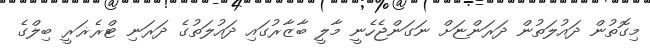
މިގޮތުން ދައުލަތުން ދަރަންޏަށް ނަގަންޖެހެނީ މާލީ ބާޒާރުގައި ދައުލަތުގެ ދަރަނި ޓްރެޜަރީ ބިލްގެ